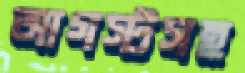
আগস্টসহ